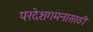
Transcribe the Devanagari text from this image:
परदेशगमनासाठी